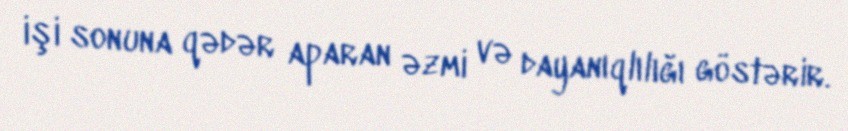
işi sonuna qədər aparan əzmi və dayanıqlılığı göstərir.